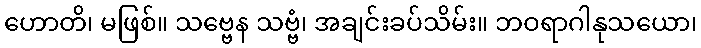
ဟောတိ၊ မဖြစ်။ သဗ္ဗေန သဗ္ဗံ၊ အချင်းခပ်သိမ်း။ ဘဝရာဂါနုသယော၊